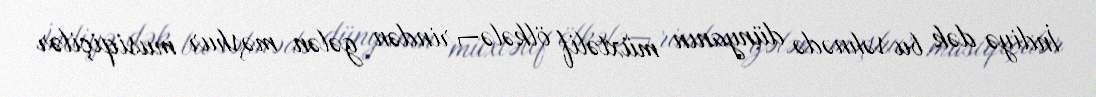
İndiyə dək bu səhnədə dünyanın müxtəlif ölkələ¬rindən gələn məşhur musiqiçilər